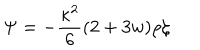
\Psi = - \frac { \kappa ^ { 2 } } { 6 } ( 2 + 3 w ) \rho \zeta